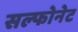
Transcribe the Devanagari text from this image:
सल्फोनेट